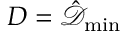
D = \hat { \mathcal { D } } _ { \operatorname* { m i n } }